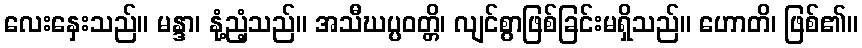
လေးနှေးသည်။ မန္ဒာ၊ နုံ့ညံ့သည်။ အသီဃပ္ပဝတ္တိ၊ လျင်စွာဖြစ်ခြင်းမရှိသည်။ ဟောတိ၊ ဖြစ်၏။